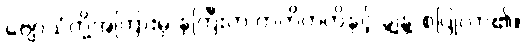
ဗျောသံတို့အကြားမှ နှဲကြီးက တတိတတိနှင့် ချွဲနွဲ့ စပြုလာ၏။